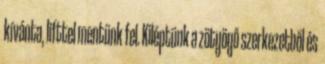
kívánta, lifttel mentünk fel. Kiléptünk a zötyögő szerkezetből és